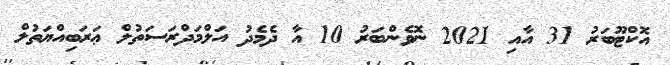
އޮކްޓޫބަރު 31 އާއި 2021 ނޮވެންބަރު 10 އާ ދެމެދު އަލްމަދްރަސަތުލް ޢަރަބިއްޔަތުލް